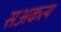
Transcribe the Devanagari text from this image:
सअकत्य